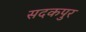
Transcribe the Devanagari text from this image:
सदकपुर